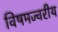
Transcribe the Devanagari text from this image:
विषमज्वरीय